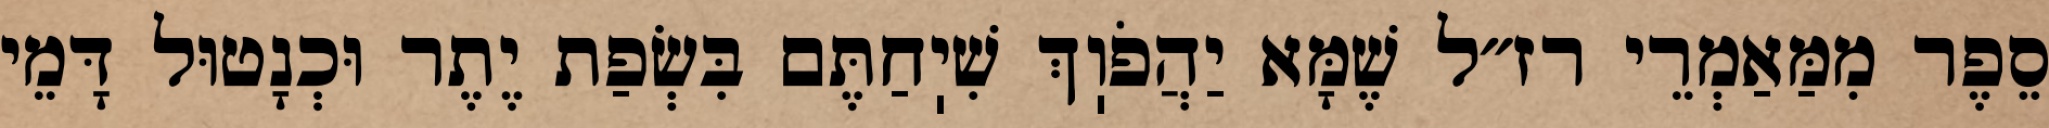
סֵפֶר מִמַּאַמְרֵי רז״ל שֶׁמָּא יַהֲפֹוֽךְ שִׁיֽחַתֶּם בִּשְׂפַת יֶתֶר וּכְנָטוּל דָּמֵי